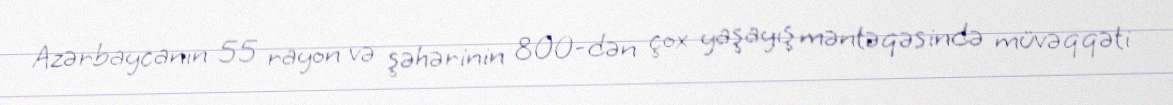
Azərbaycanın 55 rayon və şəhərinin 800-dən çox yaşayış məntəqəsində müvəqqəti